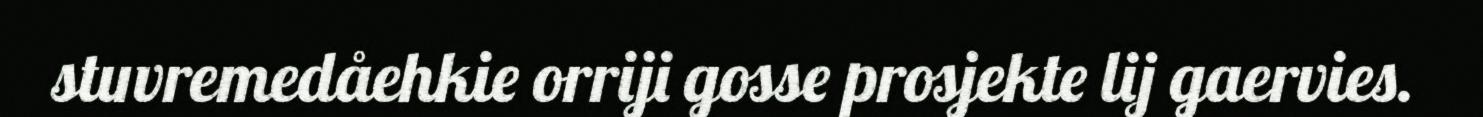
stuvremedåehkie orriji gosse prosjekte lij gaervies.